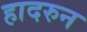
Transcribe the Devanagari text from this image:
हादरुन